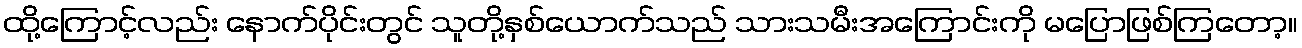
ထို့ကြောင့်လည်း နောက်ပိုင်းတွင် သူတို့နှစ်ယောက်သည် သားသမီးအကြောင်းကို မပြောဖြစ်ကြတော့။